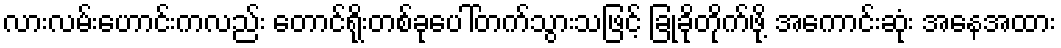
လားလမ်းဟောင်းကလည်း တောင်ရိုးတစ်ခုပေါ်တက်သွားသဖြင့် ခြုံခိုတိုက်ဖို့ အကောင်းဆုံး အနေအထား